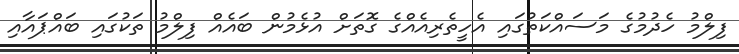
ފިލްމު ހެދުމުގެ މަސައްކަތުގައި އެހީތެރިއެއްގެ ގޮތަށް އުޅެމުން ބައެއް ފިލްމު ތަކުގައި ބައްޕައާއި